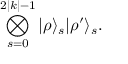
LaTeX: \bigotimes _ { s = 0 } ^ { 2 | k | - 1 } | \rho \rangle _ { s } | \rho ^ { \prime } \rangle _ { s } .